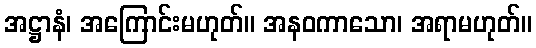
အဋ္ဌာနံ၊ အကြောင်းမဟုတ်။ အနဝကာသော၊ အရာမဟုတ်။